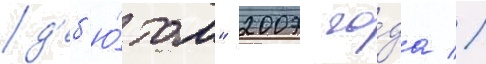
д'еб'ю́том" 2007 го́да //